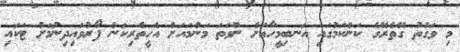
މި ވަގުތު ގޭތެރޭގެ ކަންކަމުގައި އަނބިމީހާއަށް ނުވަތަ މަންމައަށް އެހީތެރިކަން ފޯރުވައިދިނުމަށް ޓަކައި